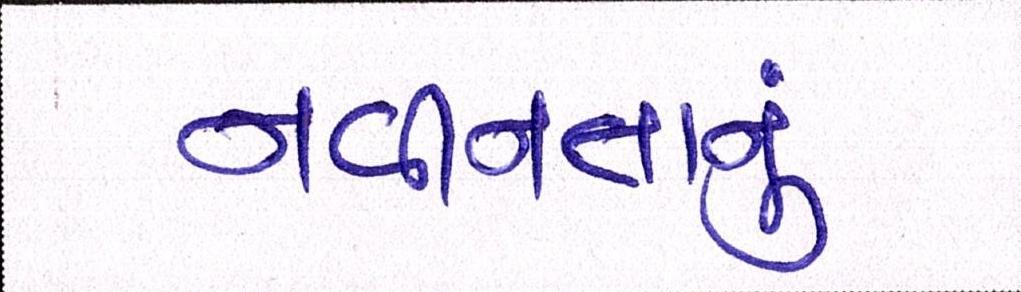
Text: નવીનતાનું